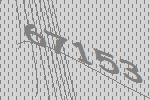
67153